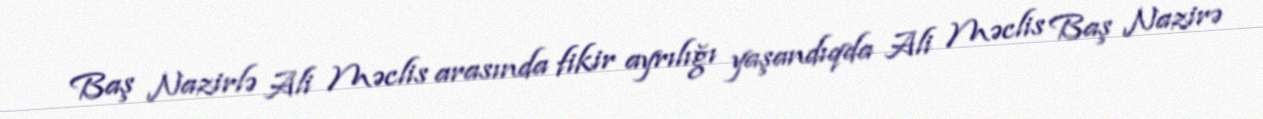
Baş Nazirlə Ali Məclis arasında fikir ayrılığı yaşandıqda Ali Məclis Baş Nazirə